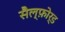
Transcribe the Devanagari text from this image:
सैल्फ़ोर्ड